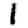
Digit: 1